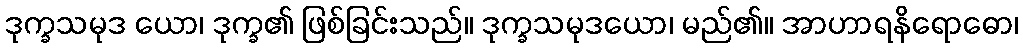
ဒုက္ခသမုဒ ယော၊ ဒုက္ခ၏ ဖြစ်ခြင်းသည်။ ဒုက္ခသမုဒယော၊ မည်၏။ အာဟာရနိရောဓော၊